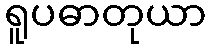
ရူပဓာတုယာ